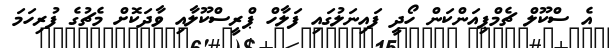
އެ ސްކޫލް ޗެމްޕިއަންކަން ހޯދީ ފައިނަލުގައި ފަލާހް ޕްރީސްކޫލާއި ވާދަކޮށް މެޗުގެ ފުރިހަމަ